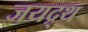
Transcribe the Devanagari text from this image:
जयद्र्थ